255_413270_UFO's_and_Defense_What_Should_we_Prepare_For
Agency: NASA
Page 27
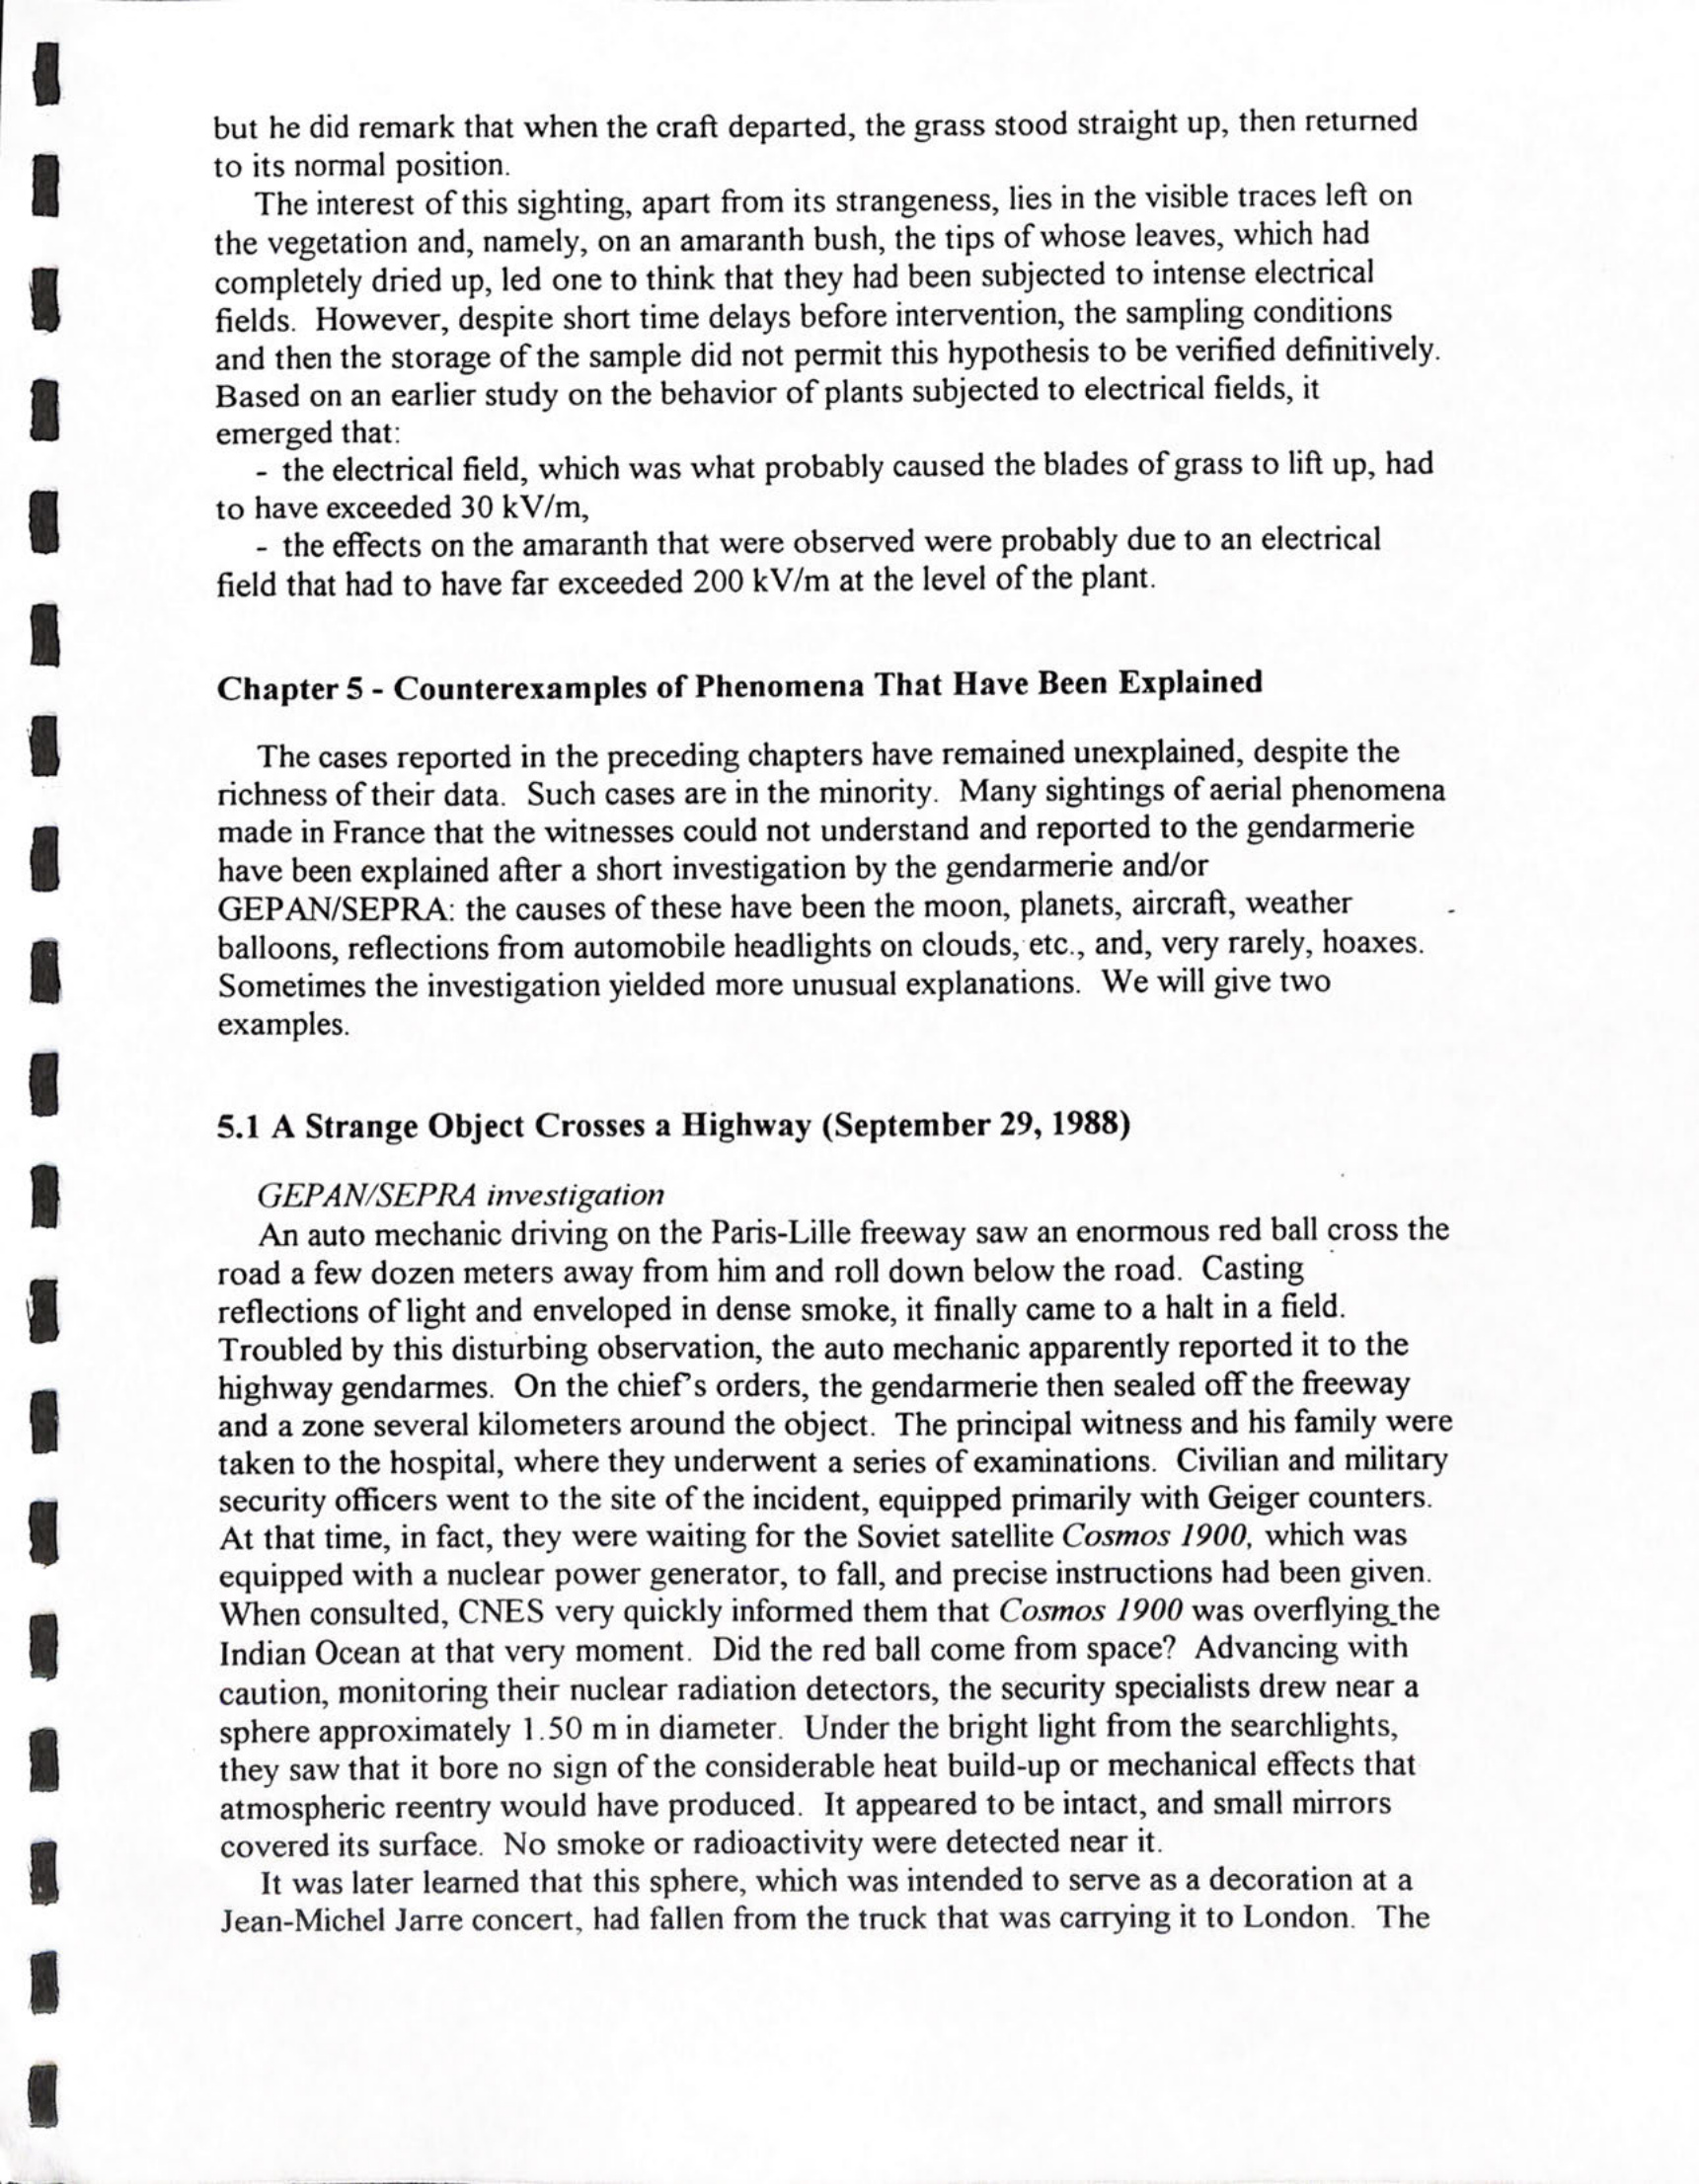